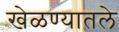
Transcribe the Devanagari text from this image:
खेळण्यातले